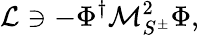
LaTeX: {\cal L}\owns-{\Phi}^{\dagger}{\mathcal{M}}_{S^{\pm}}^{2}{\Phi},